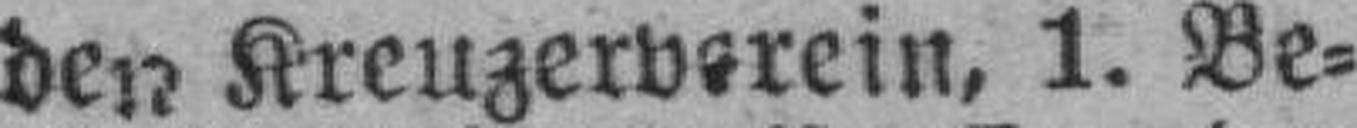
den Kreuzerverein, 1. Be¬